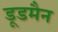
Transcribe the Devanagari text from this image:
डूडमैन